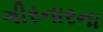
ગીરનારના